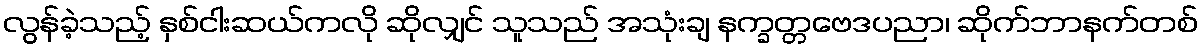
လွန်ခဲ့သည့် နှစ်ငါးဆယ်ကလို ဆိုလျှင် သူသည် အသုံးချ နက္ခတ္တဗေဒပညာ၊ ဆိုက်ဘာနက်တစ်